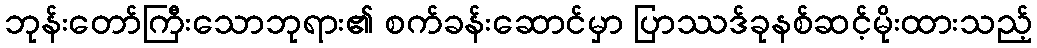
ဘုန်းတော်ကြီးသောဘုရား၏ စက်ခန်းဆောင်မှာ ပြာဿဒ်ခုနစ်ဆင့်မိုးထားသည့်